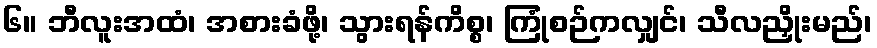
၆။ ဘီလူးအထံ၊ အစားခံဖို့၊ သွားရန်ကိစ္စ၊ ကြုံစဉ်ကလျှင်၊ သီလညှိုးမည်၊